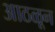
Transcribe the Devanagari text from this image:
आठळून